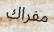
مفراك